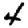
Digit: 4